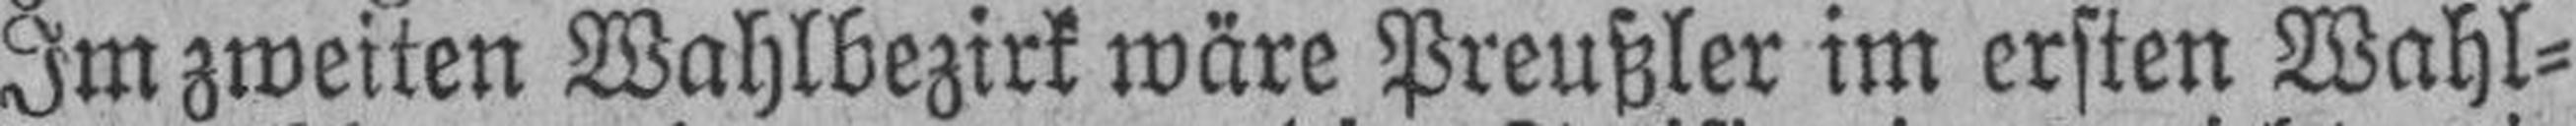
Im zweiten Wahlbezirk wäre Preußler im ersten Wahl¬